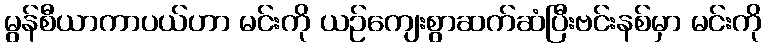
မွန်စီယာကာပယ်ဟာ မင်းကို ယဉ်ကျေးစွာဆက်ဆံပြီးဗင်းနစ်မှာ မင်းကို